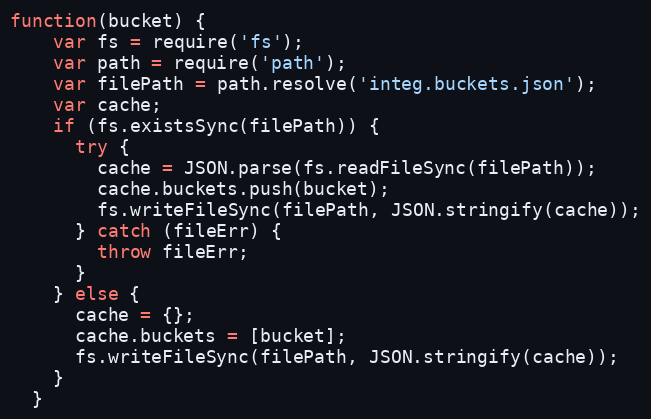
Language: JavaScript
function(bucket) {
    var fs = require('fs');
    var path = require('path');
    var filePath = path.resolve('integ.buckets.json');
    var cache;
    if (fs.existsSync(filePath)) {
      try {
        cache = JSON.parse(fs.readFileSync(filePath));
        cache.buckets.push(bucket);
        fs.writeFileSync(filePath, JSON.stringify(cache));
      } catch (fileErr) {
        throw fileErr;
      }
    } else {
      cache = {};
      cache.buckets = [bucket];
      fs.writeFileSync(filePath, JSON.stringify(cache));
    }
  }